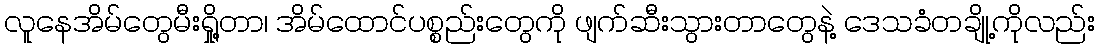
လူနေအိမ်တွေမီးရှို့တာ၊ အိမ်ထောင်ပစ္စည်းတွေကို ဖျက်ဆီးသွားတာတွေနဲ့ ဒေသခံတချို့ကိုလည်း